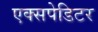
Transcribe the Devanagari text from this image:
एक्सपेडिटर